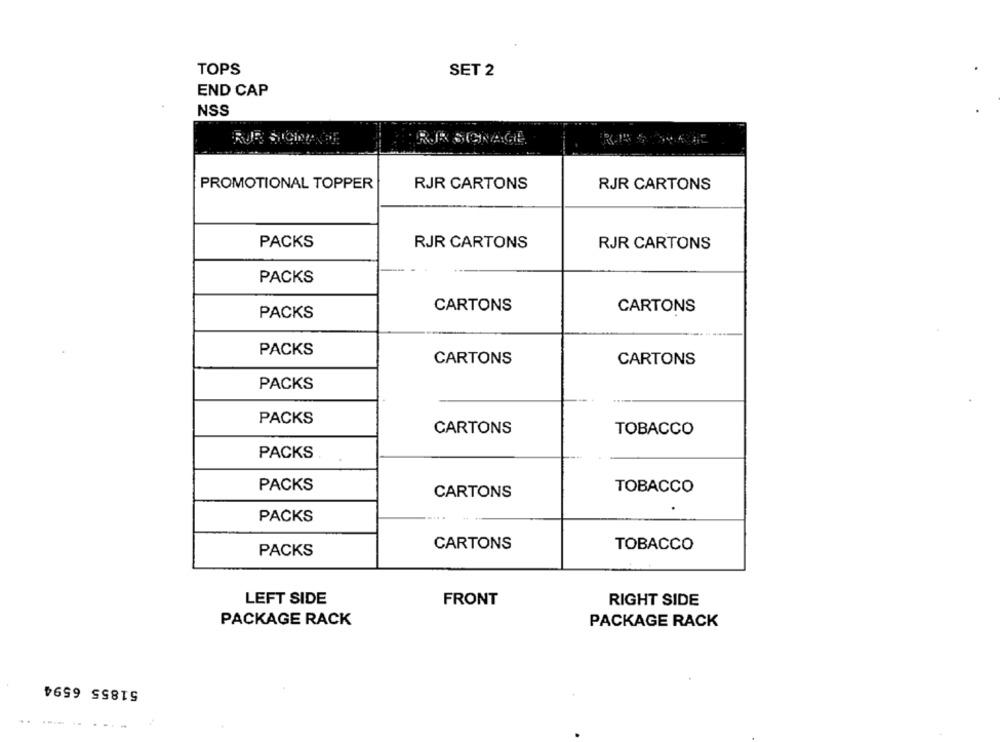
TOPS
SET 2
END CAP
NSS
RJR SIGNAGE
PROMOTIONAL TOPPER
RJR CARTONS
RJR CARTONS
PACKS
RJR CARTONS
RJR CARTONS
PACKS
CARTONS
CARTONS
PACKS
PACKS
CARTONS
CARTONS
PACKS
PACKS
CARTONS
TOBACCO
PACKS
PACKS
TOBACCO
CARTONS
PACKS
CARTONS
TOBACCO
PACKS
LEFT SIDE
RIGHT SIDE
FRONT
PACKAGE RACK
PACKAGE RACK
51855 6594
..... ...